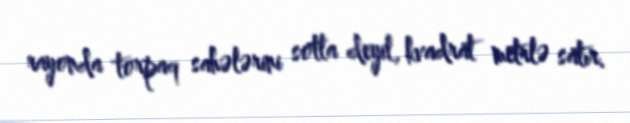
rayonda torpaq sahələrini sotla deyil, kvadrat metrlə satır.